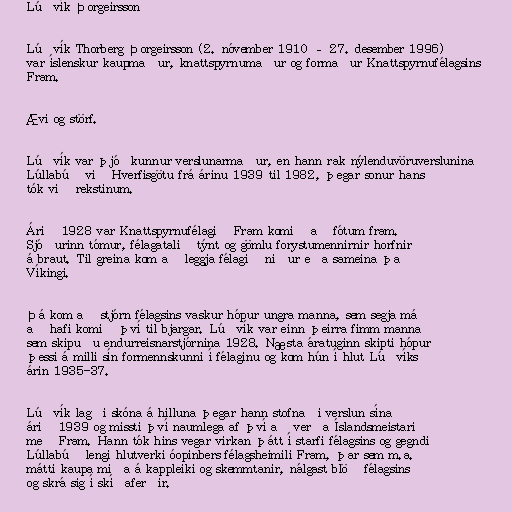
Lúðvík Þorgeirsson

Lúðvík Thorberg Þorgeirsson (2. nóvember 1910 – 27. desember 1996)
var íslenskur kaupmaður, knattspyrnumaður og formaður Knattspyrnufélagsins
Fram.

Ævi og störf.

Lúðvík var þjóðkunnur verslunarmaður, en hann rak nýlenduvöruverslunina
Lúllabúð við Hverfisgötu frá árinu 1939 til 1982, þegar sonur hans
tók við rekstinum.

Árið 1928 var Knattspyrnufélagið Fram komið að fótum fram.
Sjóðurinn tómur, félagatalið týnt og gömlu forystumennirnir horfnir
á braut. Til greina kom að leggja félagið niður eða sameina það
Víkingi.

Þá kom að stjórn félagsins vaskur hópur ungra manna, sem segja má
að hafi komið því til bjargar. Lúðvík var einn þeirra fimm manna
sem skipuðu endurreisnarstjórnina 1928. Næsta áratuginn skipti hópur
þessi á milli sín formennskunni í félaginu og kom hún í hlut Lúðvíks
árin 1935-37.

Lúðvík lagði skóna á hilluna þegar hann stofnaði verslun sína
árið 1939 og missti því naumlega af því að verða Íslandsmeistari
með Fram. Hann tók hins vegar virkan þátt í starfi félagsins og gegndi
Lúllabúð lengi hlutverki óopinbers félagsheimili Fram, þar sem m.a.
mátti kaupa miða á kappleiki og skemmtanir, nálgast blöð félagsins
og skrá sig í skíðaferðir.